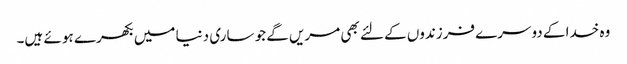
وہ خدا کے دوسرے فرزندوں کے لئے بھی مریں گے جو ساری دنیا میں بکھرے ہو ئے ہیں۔